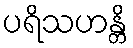
ပရိသဟန္တိ